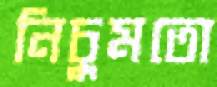
নিচুমতো